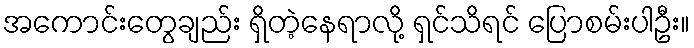
အကောင်းတွေချည်း ရှိတဲ့နေရာလို့ ရှင်သိရင် ပြောစမ်းပါဦး။